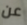
عن